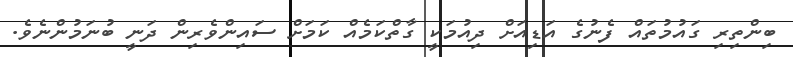
ބިންތިރި ގައުމުތައް ފެނުގެ އަޑިއަށް ދިއުމަކީ ގާތްކަމެއް ކަމަށް ސައިންވެރިން ދަނީ ބުނަމުންނެވެ.